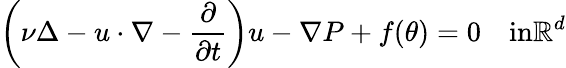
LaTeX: \left(\nu\Delta-u\cdot\nabla-\frac{\partial}{\partial t}\right)u-\nabla P+f(\theta)=0\quad\textrm{in}\mathbb{R}^{d}